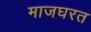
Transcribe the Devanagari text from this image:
माजघरत